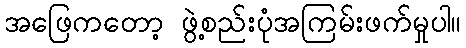
အဖြေကတော့ ဖွဲ့စည်းပုံအကြမ်းဖက်မှုပါ။